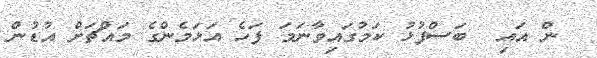
ން އައި  ބަސްފުޅު ކަމުގައިވާނަމަ ފަހެ އަޅަމެންގެ މައްޗަށް އުޑުން